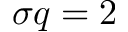
\sigma q = 2